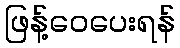
ဖြန့်ဝေပေးရန်